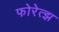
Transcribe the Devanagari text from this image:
फोरेत्झ